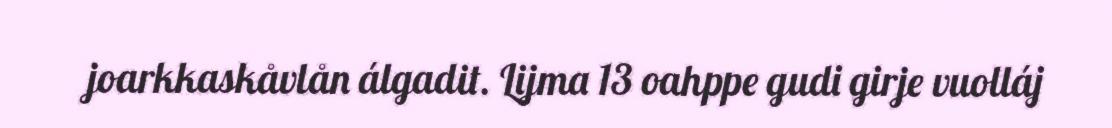
joarkkaskåvlån álgadit. Lijma 13 oahppe gudi girje vuolláj